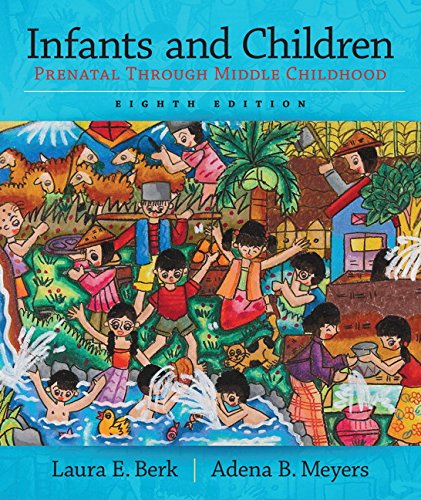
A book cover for Infants and Children: Prenatal through Middle Childhood (8th Edition); Laura E. Berk; Medical Books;